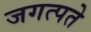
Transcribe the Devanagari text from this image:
जगत्पते